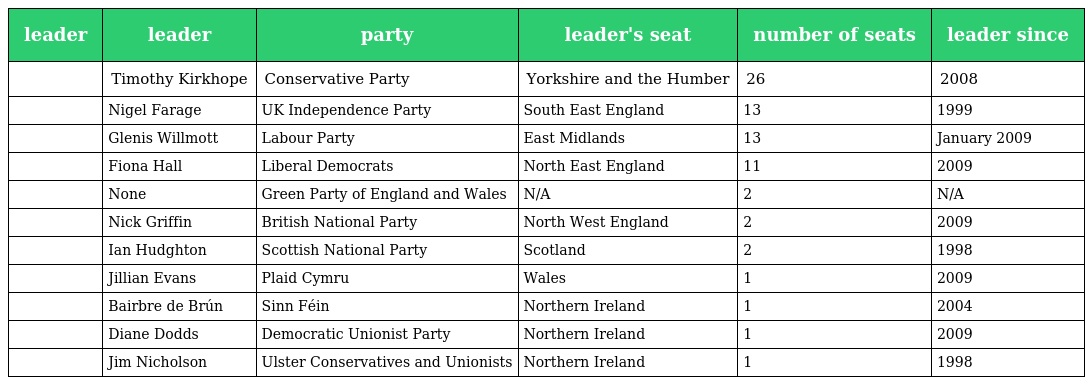
| leader | leader | party | leader's seat | number of seats | leader since |
 | --- | --- | --- | --- | --- | --- |
 |  | Timothy Kirkhope | Conservative Party | Yorkshire and the Humber | 26 | 2008 |
 |  | Nigel Farage | UK Independence Party | South East England | 13 | 1999 |
 |  | Glenis Willmott | Labour Party | East Midlands | 13 | January 2009 |
 |  | Fiona Hall | Liberal Democrats | North East England | 11 | 2009 |
 |  | None | Green Party of England and Wales | N/A | 2 | N/A |
 |  | Nick Griffin | British National Party | North West England | 2 | 2009 |
 |  | Ian Hudghton | Scottish National Party | Scotland | 2 | 1998 |
 |  | Jillian Evans | Plaid Cymru | Wales | 1 | 2009 |
 |  | Bairbre de Brún | Sinn Féin | Northern Ireland | 1 | 2004 |
 |  | Diane Dodds | Democratic Unionist Party | Northern Ireland | 1 | 2009 |
 |  | Jim Nicholson | Ulster Conservatives and Unionists | Northern Ireland | 1 | 1998 |